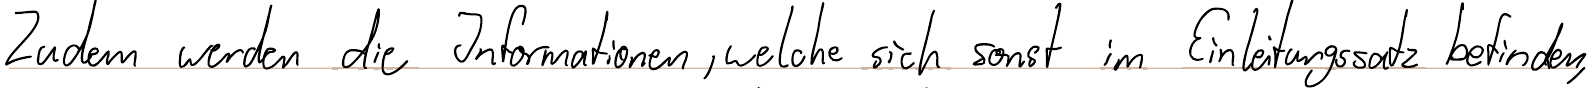
Zudem werden die Informationen, welche sich sonst im Einleitungssatz befinden,